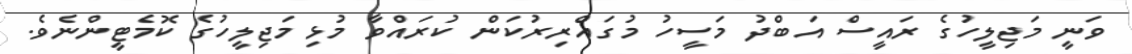
ވަނީ މަޖިލީހުގެ ރައީސް އަބްދު މަސީހު މުގައްރިރުކަން ކުރައްވާ މުޅި މަޖިލީހުގެ ކޮމެޓީންނެވެ.